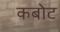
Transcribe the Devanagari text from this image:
कबोट